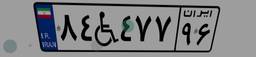
۸۴W۴۷۷۹۶